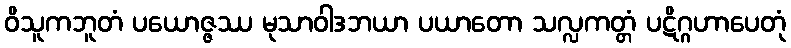
ဝိသူကဘူတံ ပယောဇ္ဇဿ မုသာဝါဒဘယာ ပယာတော သလ္လကတ္တံ ပဋိဂ္ဂဟာပေတုံ